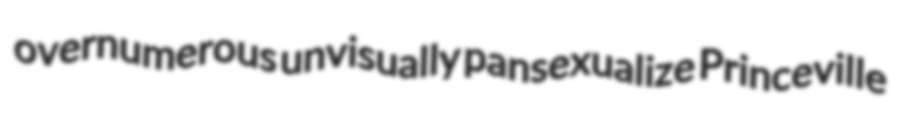
overnumerous unvisually pansexualize Princeville